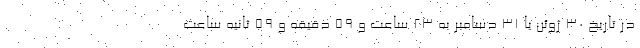
در تاریخ ۳۰ ژوئن یا ۳۱ دسامبر به ۲۳ ساعت و ۵۹ دقیقه و ۵۹ ثانیه ساعت